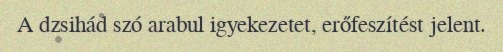
A dzsihád szó arabul igyekezetet, erőfeszítést jelent.